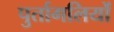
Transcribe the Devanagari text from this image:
पुर्तागलियों